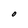
Character: O